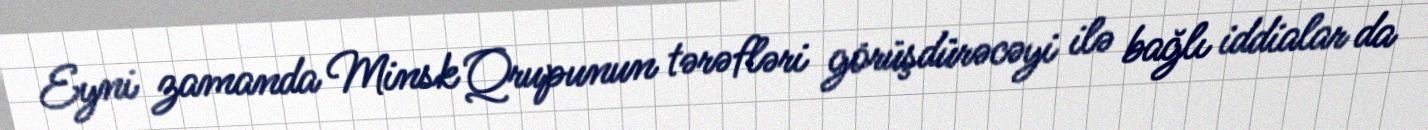
Eyni zamanda Minsk Qrupunun tərəfləri görüşdürəcəyi ilə bağlı iddialar da